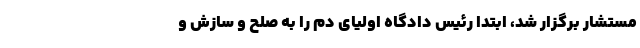
مستشار برگزار شد، ابتدا رئیس دادگاه اولیای دم را به صلح و سازش و